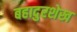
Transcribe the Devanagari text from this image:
बहादुरशेख